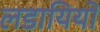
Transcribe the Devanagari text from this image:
लडायियों